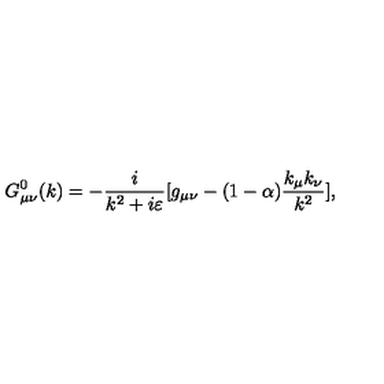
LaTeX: G _ { \mu \nu } ^ { 0 } ( k ) = - { \frac { i } { k ^ { 2 } + i \varepsilon } } [ g _ { \mu \nu } - ( 1 - \alpha ) { \frac { k _ { \mu } k _ { \nu } } { k ^ { 2 } } } ] ,